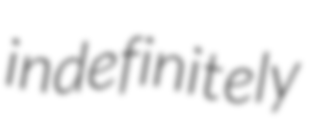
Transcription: indefinitely